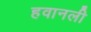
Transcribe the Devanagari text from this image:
हवानली